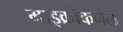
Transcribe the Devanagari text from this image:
माइक्रोकर्नेल